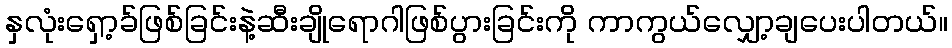
နှလုံးရှော့ခ်ဖြစ်ခြင်းနဲ့ဆီးချိုရောဂါဖြစ်ပွားခြင်းကို ကာကွယ်လျှော့ချပေးပါတယ်။